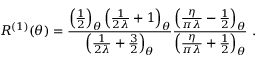
R ^ { ( 1 ) } ( \theta ) = \frac { \left( \frac { 1 } { 2 } \right) _ { \theta } \left( \frac { 1 } { 2 \lambda } + 1 \right) _ { \theta } } { \left( \frac { 1 } { 2 \lambda } + \frac { 3 } { 2 } \right) _ { \theta } } \frac { \left( \frac { \eta } { \pi \lambda } - \frac { 1 } { 2 } \right) _ { \theta } } { \left( \frac { \eta } { \pi \lambda } + \frac { 1 } { 2 } \right) _ { \theta } } \ .